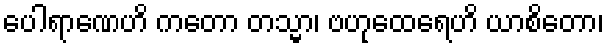
ပေါရာဏေဟိ ကတော တသ္မာ၊ ဗဟုထေရေဟိ ယာစိတော၊